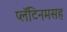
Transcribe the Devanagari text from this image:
प्लॅटिनमसह